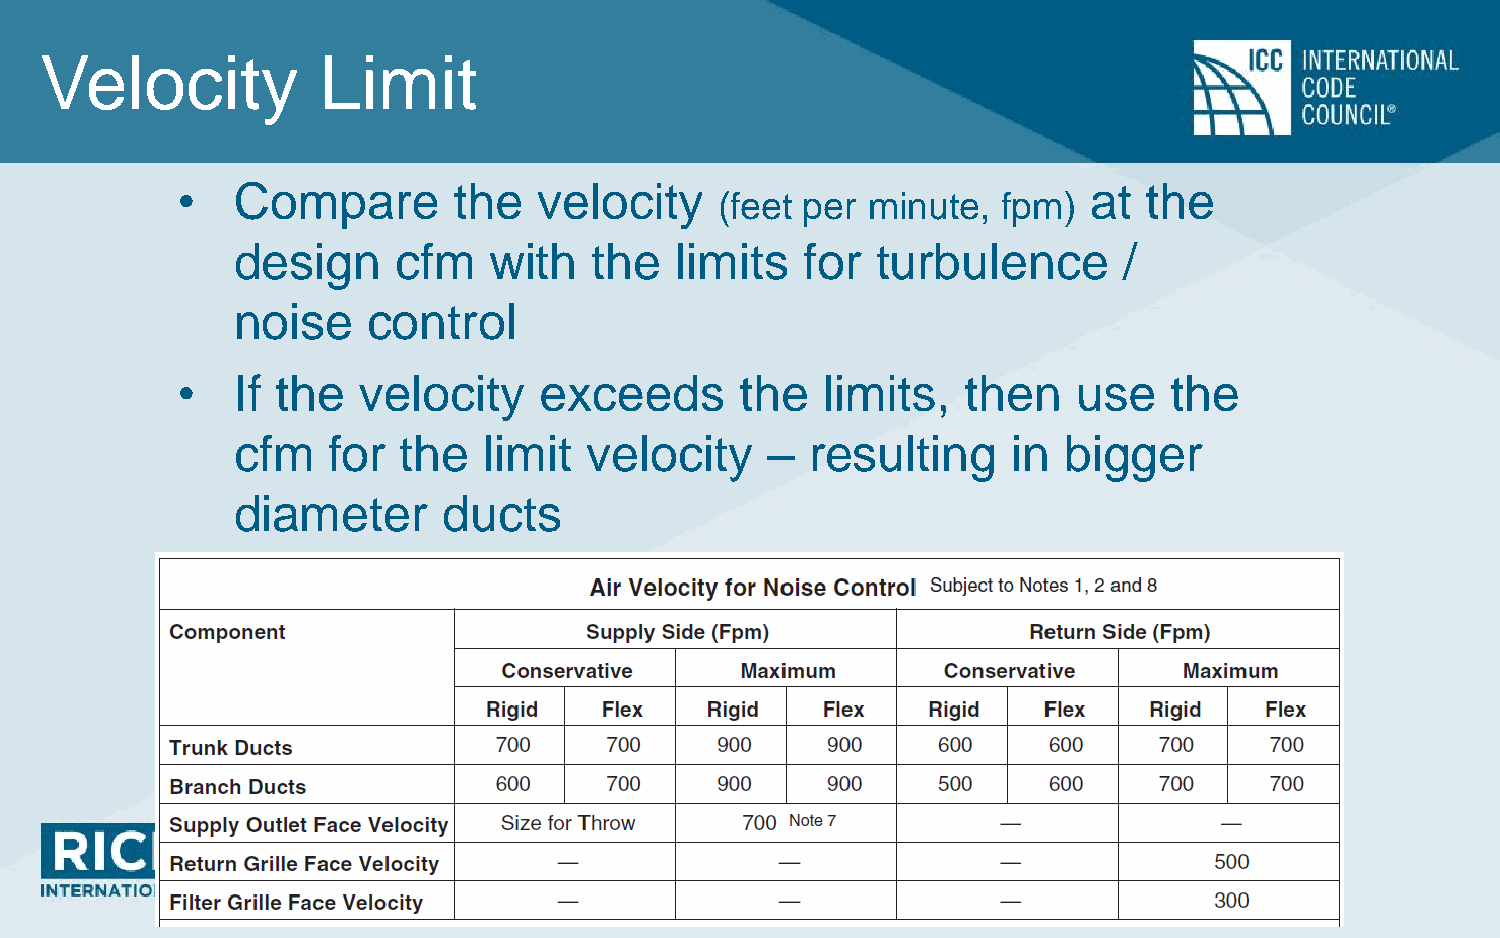
Velocity          Limit
 •  Compare        the   velocity                            at  the
 (feet per minute, fpm)
 design     cfm   with   the   limits  for  turbulence      /
 noise    control
 •  If the   velocity    exceeds      the  limits,   then   use   the
 cfm    for  the  limit  velocity    –  resulting    in bigger
 diameter      ducts